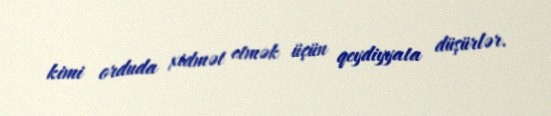
kimi orduda xidmət etmək üçün qeydiyyata düşürlər.